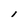
Character: i